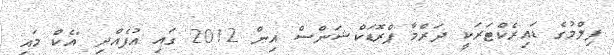
ފިލްމުގެ ޑައިރެކްޓަރަކީ ދަރްމާ ޕްރޮޑަކްޝަންސް އިން 2012 ގައި އުފެއްދި "އެކް މައި